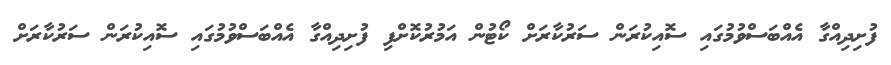
ފުށިދިއްގާ އެއްބަސްވުމުގައި ސޮއިކުރަން ސަރުކާރަށް ކޯޓުން އަމުރުކޮށްފި ފުށިދިއްގާ އެއްބަސްވުމުގައި ސޮއިކުރަން ސަރުކާރަށް